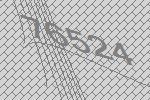
76524